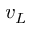
v _ { L }